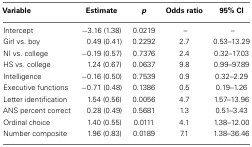
<table><thead><tr><td><b>Variable</b></td><td><b>Estimate</b></td><td><b><i>p</i></b></td><td><b>Odds ratio</b></td><td><b>95% CI</b></td></tr></thead><tbody><tr><td>Intercept</td><td>−3.16 (1.38)</td><td>0.0219</td><td>–</td><td>–</td></tr><tr><td>Girl vs. boy</td><td>0.49 (0.41)</td><td>0.2292</td><td>2.7</td><td>0.53–13.29</td></tr><tr><td>NI vs. college</td><td>−0.19 (0.57)</td><td>0.7376</td><td>2.4</td><td>0.32–17.03</td></tr><tr><td>HS vs. college</td><td>1.24 (0.67)</td><td>0.0637</td><td>9.8</td><td>0.99–97.89</td></tr><tr><td>Intelligence</td><td>−0.16 (0.50)</td><td>0.7539</td><td>0.9</td><td>0.32–2.29</td></tr><tr><td>Executive functions</td><td>−0.71 (0.48)</td><td>0.1386</td><td>0.5</td><td>0.19–1.26</td></tr><tr><td>Letter identification</td><td>1.54 (0.56)</td><td>0.0056</td><td>4.7</td><td>1.57–13.96</td></tr><tr><td>ANS percent correct</td><td>0.28 (0.49)</td><td>0.5681</td><td>1.3</td><td>0.51–3.43</td></tr><tr><td>Ordinal choice</td><td>1.40 (0.55)</td><td>0.0111</td><td>4.1</td><td>1.38–12.00</td></tr><tr><td>Number composite</td><td>1.96 (0.83)</td><td>0.0189</td><td>7.1</td><td>1.38–36.46</td></tr></tbody></table>